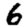
Digit: 6